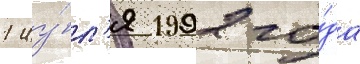
1 иу́л'я 1992 го́да